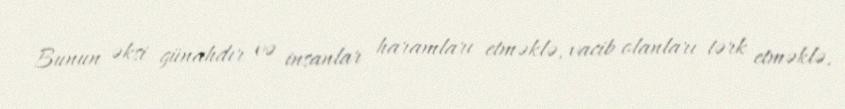
Bunun əksi günahdır və insanlar haramları etməklə, vacib olanları tərk etməklə,